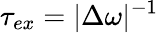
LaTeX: \tau_{ex}=|\Delta\omega|^{-1}